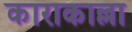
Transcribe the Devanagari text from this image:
काराकाल्ला